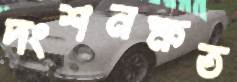
দংশনক্ষত